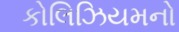
કોલિઝિયમનો